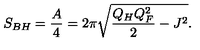
S _ { B H } = { \frac { A } { 4 } } = 2 \pi \sqrt { { \frac { Q _ { H } Q _ { F } ^ { 2 } } { 2 } } - J ^ { 2 } } .